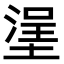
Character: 塣